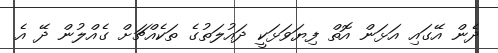
ދެން އޭގައި އަޅަން އޮތް ފިޔަވަޅަކީ ދައުލަތުގެ ތަކެއްޗަށް ގެއްލުން ދޭ އެ